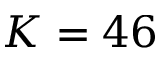
K = 4 6